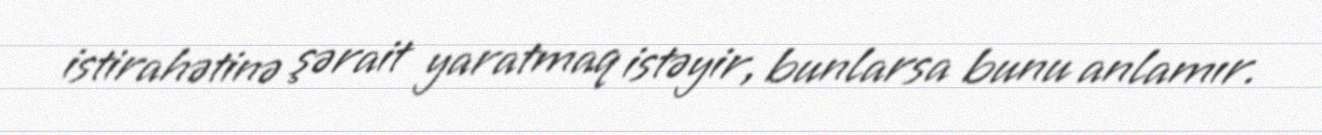
istirahətinə şərait yaratmaq istəyir, bunlarsa bunu anlamır.